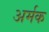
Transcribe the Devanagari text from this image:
अर्मक